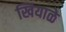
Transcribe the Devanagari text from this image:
खियाळे